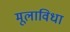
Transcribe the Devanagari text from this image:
मूलाविधा